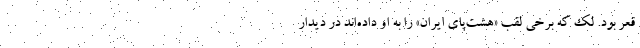
قعر بود. لک که برخی لقب «هشت‌پای ایران» را به او داده‌اند در دیدار